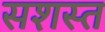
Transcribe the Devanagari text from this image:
सशस्त